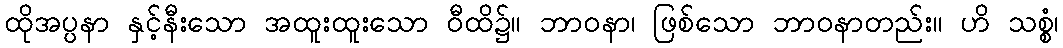
ထိုအပ္ပနာ နှင့်နီးသော အထူးထူးသော ဝီထိ၌။ ဘာဝနာ၊ ဖြစ်သော ဘာဝနာတည်း။ ဟိ သစ္စံ၊